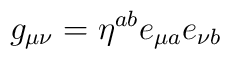
g_{\mu \nu } = \eta ^{ a b } e_{\mu a } e_{\nu b }